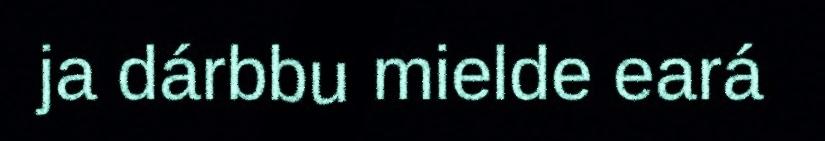
ja dárbbu mielde eará